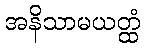
အနိသာမယတ္ထံ